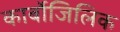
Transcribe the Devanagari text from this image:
कार्बोजिलिक